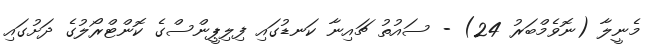
މެނީލާ (ނޮވެމްބަރު 24) - ސައުތު ޗައިނާ ކަނޑުގައި ފިލިޕީންސްގެ ކޮންޓްރޯލުގެ ދަށުގައި